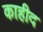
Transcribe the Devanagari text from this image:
काहीद